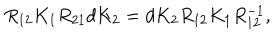
R _ { 1 2 } K _ { 1 } R _ { 2 1 } d K _ { 2 } = d K _ { 2 } R _ { 1 2 } K _ { 1 } R _ { 1 2 } ^ { - 1 } ,